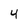
Character: 4